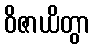
ဝိဇာယိတွာ